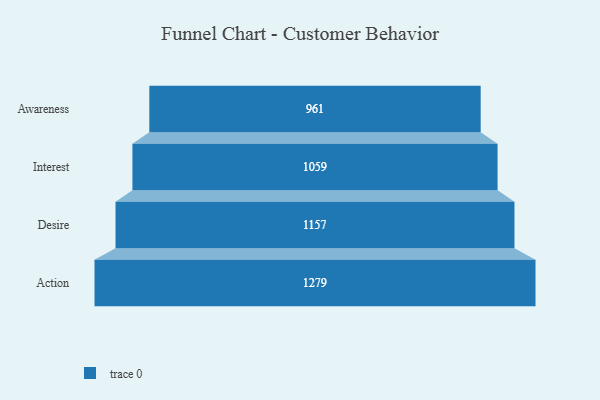
{"axis": {"x": "Stage", "y": "Value"}, "legend": [""], "data": [{"x": "Awareness", "y": 961.0, "type": ""}, {"x": "Interest", "y": 1059.0, "type": ""}, {"x": "Desire", "y": 1157.0, "type": ""}, {"x": "Action", "y": 1279.0, "type": ""}]}